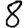
Digit: 8